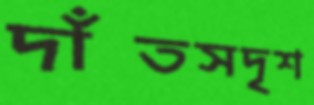
দাঁতসদৃশ